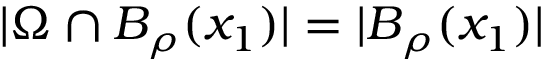
| \Omega \cap B _ { \rho } ( x _ { 1 } ) | = | B _ { \rho } ( x _ { 1 } ) |